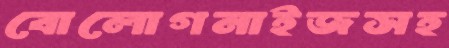
বোলোগনাইজসহ